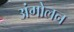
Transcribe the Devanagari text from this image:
अंगोलन